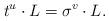
LaTeX: \begin{align*}t^u \cdot L = \sigma^v \cdot L.\end{align*}